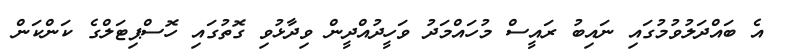
އެ ބައްދަލުވުމުގައި ނައިބު ރައީސް މުހައްމަދު ވަހީދުއްދީން ވިދާޅުވި ގޮތުގައި ހޮސްޕިޓަލްގެ ކަންކަން